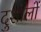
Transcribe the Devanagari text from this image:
दुशालों